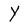
Character: Y